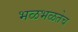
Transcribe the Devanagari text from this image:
भळभळतेच